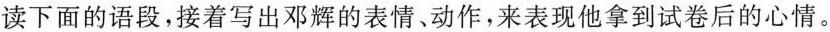
读下面的语段，接着写出邓辉的表情、动作，来表现他拿到试卷后的心情。